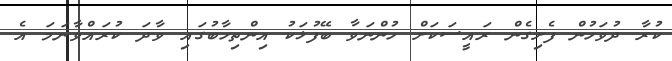
ކުރާ ދުވަހުން ފެށިގެން ރައީސަކަށް ހުންނަވާ ބޭފުޅަކު އިންތިހާބުގައި ވާދަ ކުރައްވާނަމަ އެ